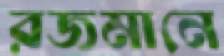
রজমানে